Scottish Leaving Certificate Examination, 1953
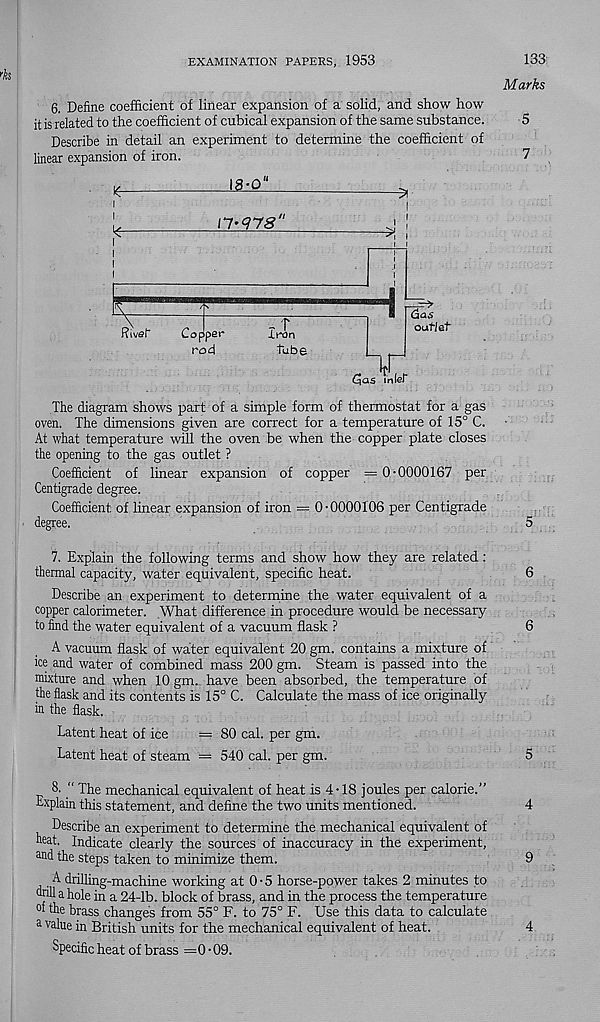
EXAMINATION PAPERS, 1953
6, Define coefficient of linear expansion of a solid, and show how
it is related to the coefficient of cubical expansion of the same substance.
Describe in detail an experiment to determine the coefficient of
linear expansion of iron.
I
The diagram shows part of a simple form of thermostat for a gas
oven. The dimensions given are correct for a temperature of 15° C.
At what temperature will the oven be when the copper plate closes
the opening to the gas outlet ?
Coefficient of linear expansion of copper = 0-0000167 per
Centigrade degree.
Coefficient of linear expansion of iron = 0-0000106 per Centigrade
degree.
7. Explain the following terms and show how they are related:
thermal capacity, water equivalent, specific heat.
Describe an experiment to determine the water equivalent of a
copper calorimeter. What difference in procedure would be necessary
to find the water equivalent of a vacuum flask ?
A vacuum flask of water equivalent 20 gm. contains a mixture of
ice and water of combined mass 200 gm. Steam is passed into the
mixture and when 10 gm. . have been absorbed, the temperature of
the flask and its contents is 15° C. Calculate the mass of ice originally
in the flask.
Latent heat of ice
= 80 cal. per gm.
Latent heat of steam = 540 cal. per gm.
8. “ The mechanical equivalent of heat is 4-18 joules per calorie.”
Explain this statement, and define the two units mentioned.
Describe an experiment to determine the mechanical equivalent of
neat. Indicate clearly the sources of inaccuracy in the experiment,
nnd the steps taken to minimize them.
. A drilling-machine working at 0-5 horse-power takes 2 minutes to
drill a hole in a 24-lb. block of brass, and in the process the temperature
°f the brass changes from 55° F. to 75° F. Use this data to calculate
a value in British units for the mechanical equivalent of heat.
Specific heat of brass =0-09.